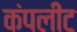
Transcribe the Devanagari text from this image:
कंपलीट